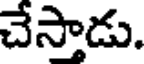
చేస్తాడు.